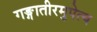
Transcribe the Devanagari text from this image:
गङ्गातीरमुपेत्य